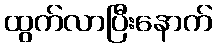
ထွက်လာပြီးနောက်